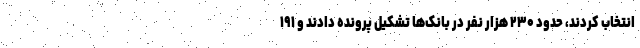
انتخاب کردند، حدود ۲۳۰ هزار نفر در بانک‌ها تشکیل پرونده دادند و ۱۹۱